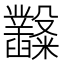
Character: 𥽿